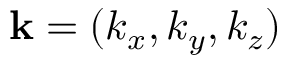
{ \bf k } = ( k _ { x } , k _ { y } , k _ { z } )